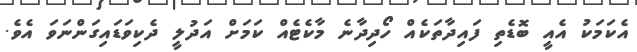
އެކަމަކު އެއީ ބޮޑެތި ފައިދާތަކެއް ހޯދިދާނެ މާކެޓެއް ކަމަށް އަދުލީ ދެކިވަޑައިގަންނަވަ އެވެ.